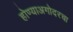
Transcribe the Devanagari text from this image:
होण्याअगोदरचा